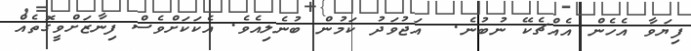
ފިޔަވާ އެހެން އެއްޗެކޭ ނުބުނެ.  އަޖުވަދު ކަމުން ބުނެލިއެވެ. އެކަކަށްވެސް ފިނާޒަށްވީގޮތެއް